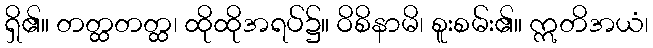
ရှိ၏။ တတ္ထတတ္ထ၊ ထိုထိုအရပ်၌။ ဝိစိနာမိ၊ စူးစမ်း၏။ ဣတိအယံ၊